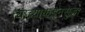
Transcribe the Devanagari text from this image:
त्याच्याकडूनसुद्धा